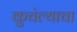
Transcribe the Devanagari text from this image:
कुचंल्याचा